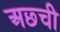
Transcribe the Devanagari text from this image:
अछ्ची